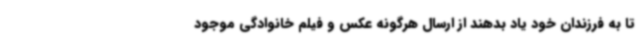
تا به فرزندان خود یاد بدهند از ارسال هرگونه عکس و فیلم خانوادگی موجود